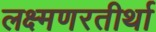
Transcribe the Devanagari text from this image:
लक्ष्मणरतीर्था